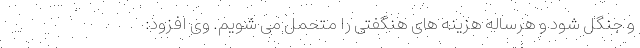
و جنگل شود و هرساله هزینه های هنگفتی را متحمل می شویم. وی افزود: